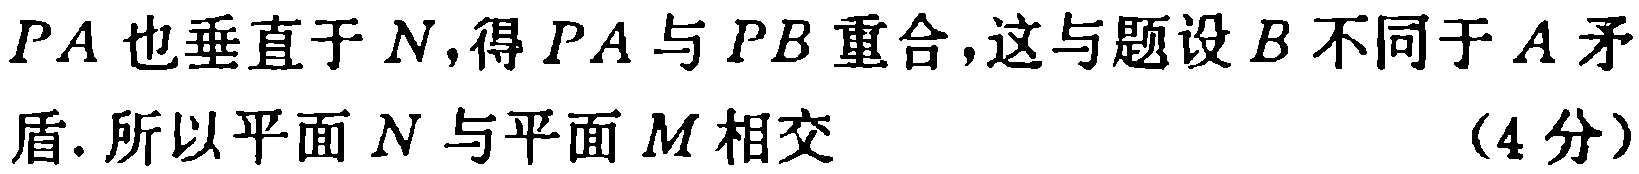
$PA也垂直于N,得PA与PB重合,这与题设B不同于A矛盾. 所以平面N与平面M相交$ （4分）